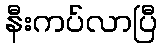
နီးကပ်လာပြီ